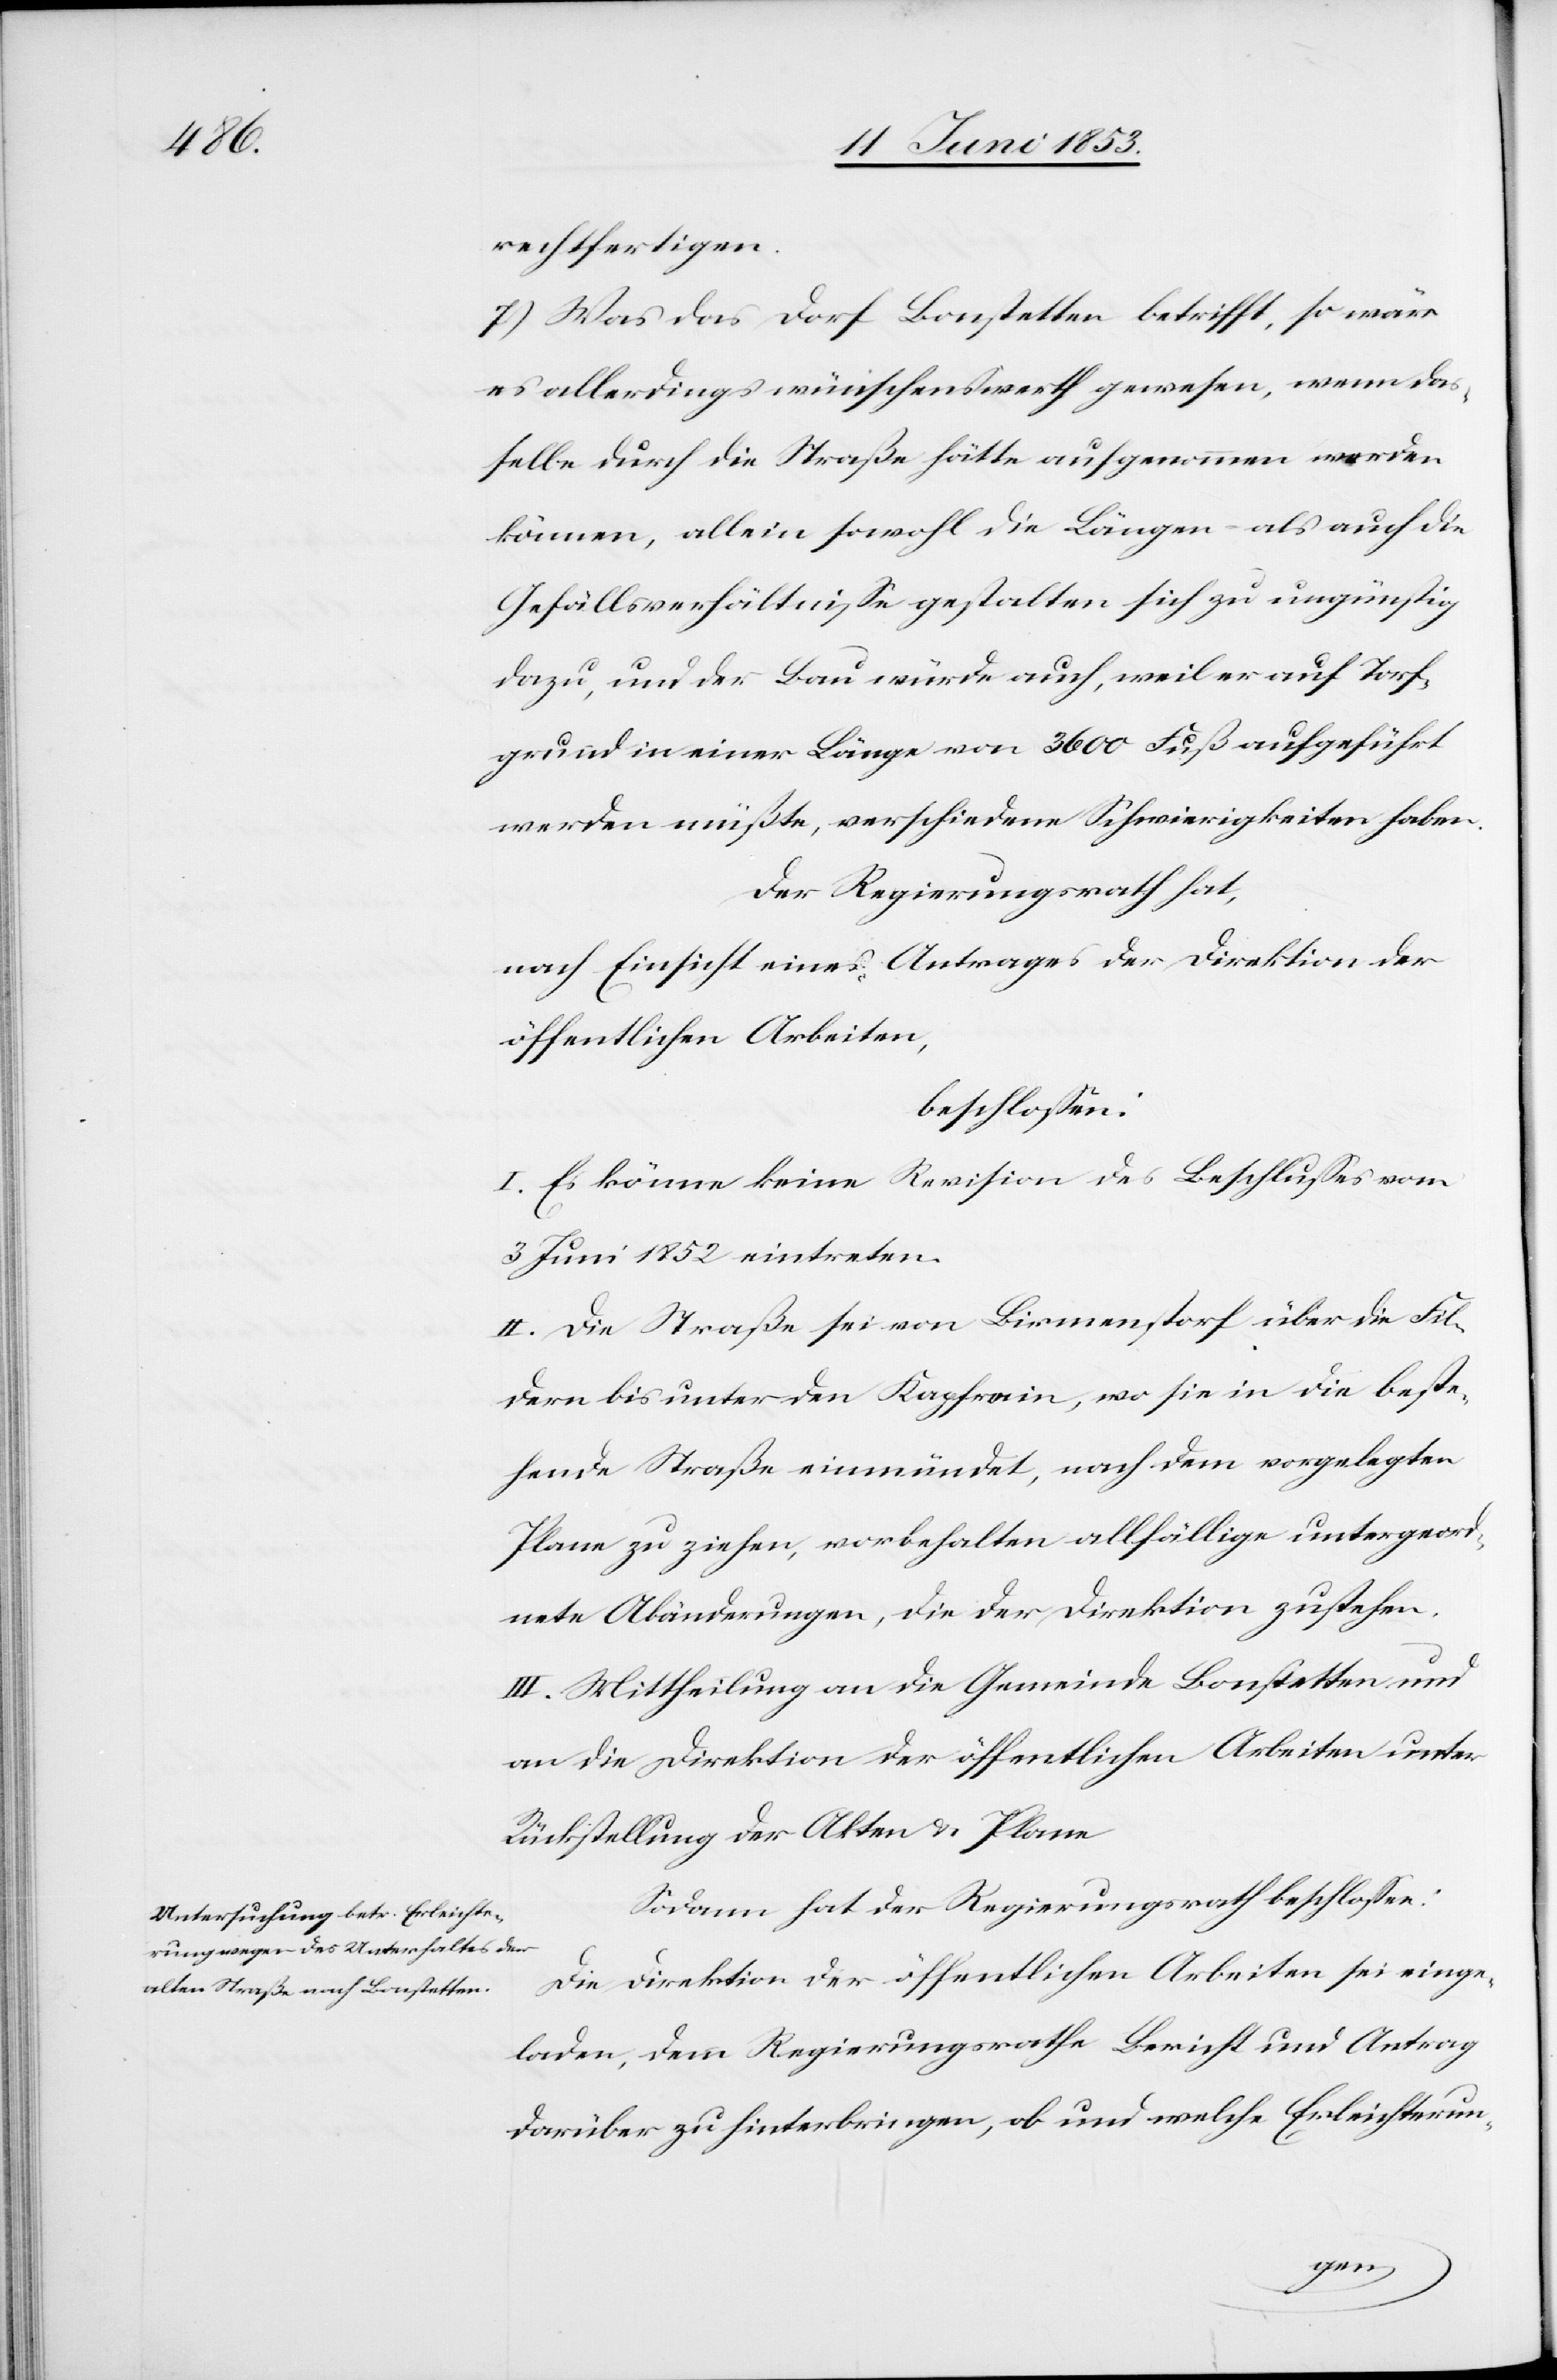
rechtfertigen.
7) Was das Dorf Bonstetten betrifft, so wäre
es allerdings wünschenswerth gewesen, wenn das¬
selbe durch die Straße hätte aufgenommen werden
können, allein sowohl die Längen als auch die
Gefällsverhältniße gestalten sich zu ungünstig
dazu, und der Bau würde auch, weil er auf Torf¬
grund in einer Länge von 3600 Fuß aufgeführt
werden müßte, verschiedene Schwierigkeiten haben.
Der Regierungsrath hat,
nach Einsicht eines Antrages der Direktion der
öffentlichen Arbeiten,
beschloßen:
I. Es könne keine Revision des Beschlußes vom
3 Juni 1852 eintreten.
II. Die Straße sei von Birmenstorf über die Fil¬
dern bis unter den Kapfrain, wo sie in die beste¬
hende Straße einmündet, nach dem vorgelegten
Plane zu ziehen, vorbehalten allfällige untergeord¬
nete Abänderungen, die der Direktion zustehen.
III. Mittheilung an die Gemeinde Bonstetten und
an die Direktion der öffentlichen Arbeiten unter
Rückstellung der Akten u. Plane.
Sodann hat der Regierungsrath beschloßen:
Die Direktion der öffentlichen Arbeiten sei einge¬
laden, dem Regierungsrathe Bericht und Antrag
darüber zu hinterbringen, ob und welche Erleichterun-